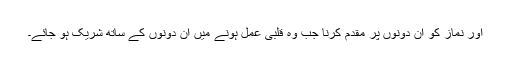
اور نماز کو ان دونوں پر مقدم کرنا جب وہ قلبی عمل ہونے میں ان دونوں کے ساتھ شریک ہو جائے۔